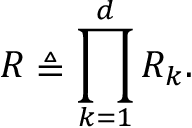
R \triangleq \prod _ { k = 1 } ^ { d } R _ { k } .